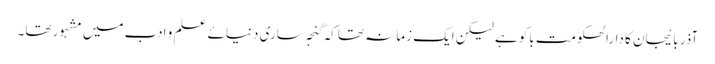
آذر بائیجان کا دارالحکومت باکو ہے لیکن ایک زمانہ تھا کہ گنجہ ساری دنیائے علم و ادب میں مشہور تھا۔